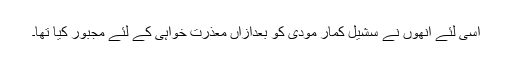
اِسی لئے اُنھوں نے سشیل کمار مودی کو بعدازاں معذرت خواہی کے لئے مجبور کیا تھا۔